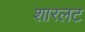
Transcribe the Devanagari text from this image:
शारलट